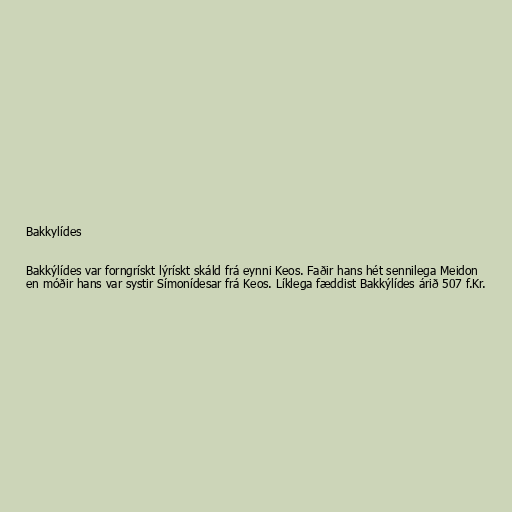
Bakkylídes

Bakkýlídes var forngrískt lýrískt skáld frá eynni Keos. Faðir hans hét sennilega Meidon
en móðir hans var systir Símonídesar frá Keos. Líklega fæddist Bakkýlídes árið 507 f.Kr.